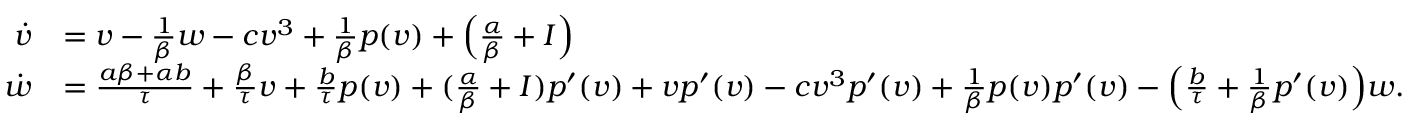
\begin{array} { r l } { \dot { v } } & { = v - \frac { 1 } { \beta } w - c v ^ { 3 } + \frac { 1 } { \beta } p ( v ) + \Big ( \frac { \alpha } { \beta } + I \Big ) } \\ { \dot { w } } & { = \frac { a \beta + \alpha b } { \tau } + \frac { \beta } { \tau } v + \frac { b } { \tau } p ( v ) + ( \frac { \alpha } { \beta } + I ) p ^ { \prime } ( v ) + v p ^ { \prime } ( v ) - c v ^ { 3 } p ^ { \prime } ( v ) + \frac { 1 } { \beta } p ( v ) p ^ { \prime } ( v ) - \Big ( \frac { b } { \tau } + \frac { 1 } { \beta } p ^ { \prime } ( v ) \Big ) w . } \end{array}